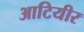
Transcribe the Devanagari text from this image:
आटियीर